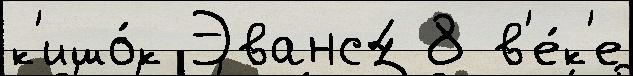
к'ишо́к Эванс4 8 в'е́к'е